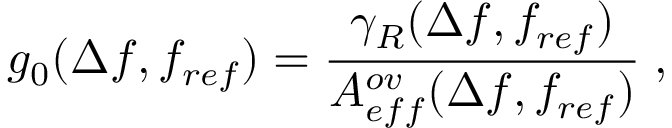
g _ { 0 } ( \Delta f , f _ { r e f } ) = \frac { \gamma _ { R } ( \Delta f , f _ { r e f } ) } { A _ { e f f } ^ { o v } ( \Delta f , f _ { r e f } ) } \; ,